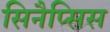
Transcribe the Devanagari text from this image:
सिनैप्सिस